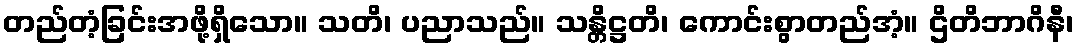
တည်တံ့ခြင်းအဖို့ရှိသော။ သတိ၊ ပညာသည်။ သန္တိဋ္ဌတိ၊ ကောင်းစွာတည်အံ့။ ဌိတိဘာဂိနီ၊